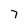
Character: 7